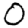
Digit: 0